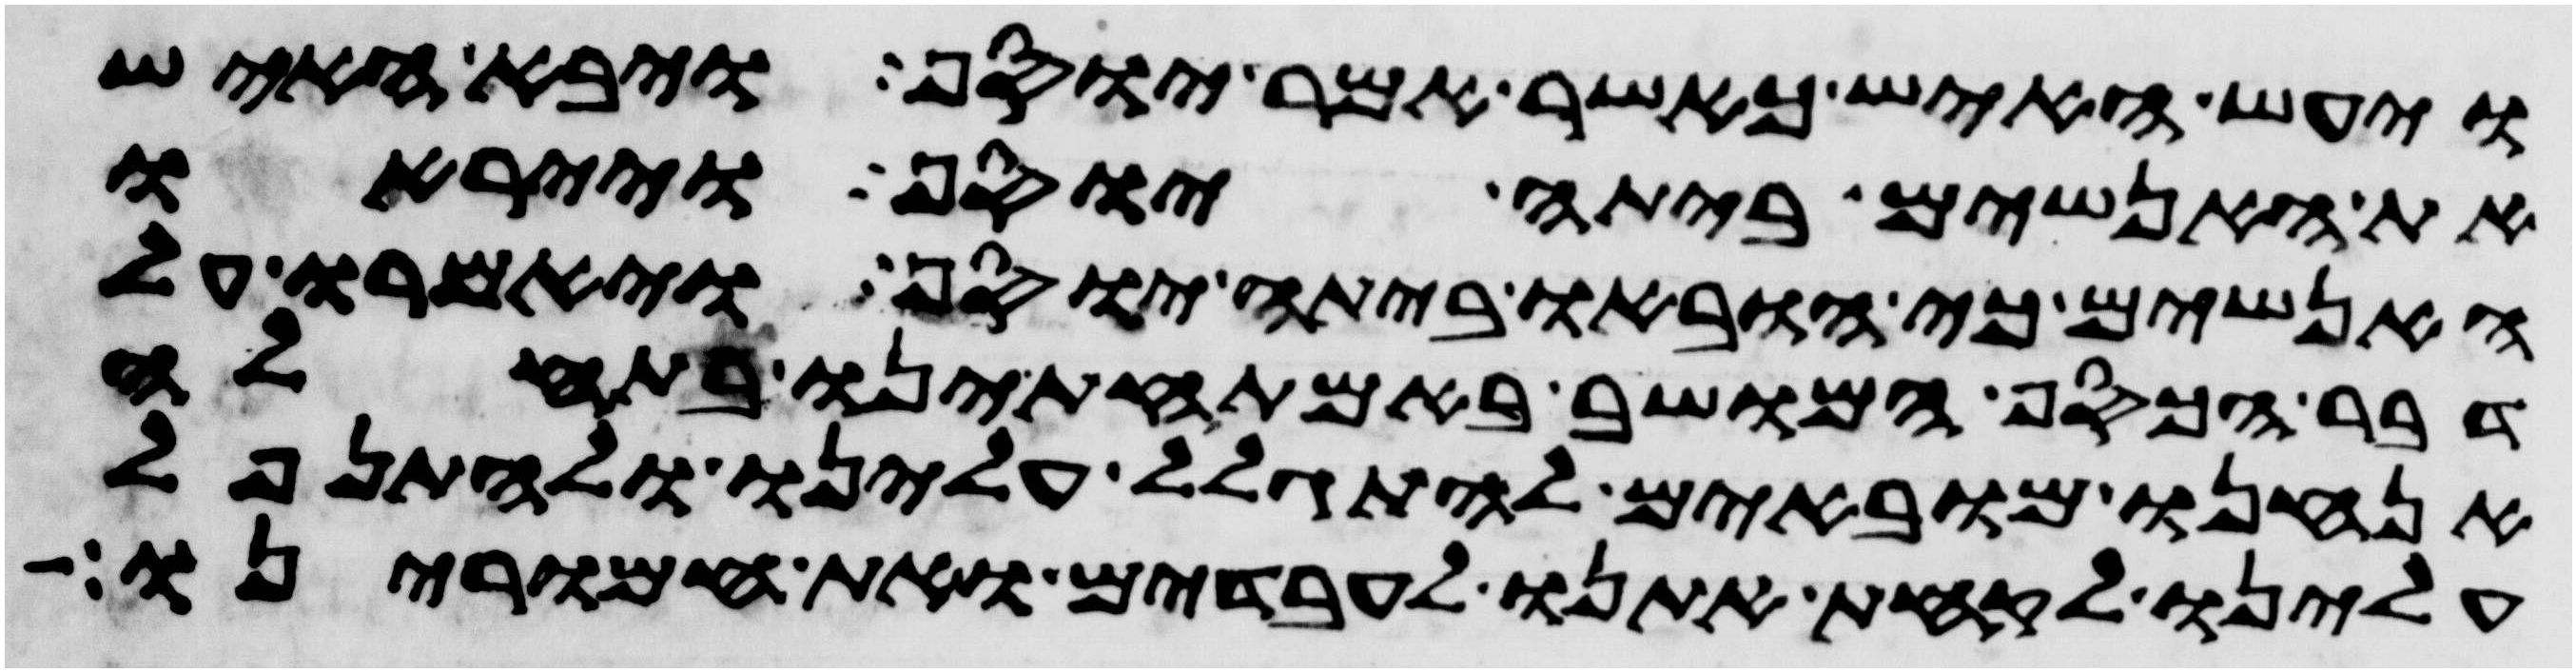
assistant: ויעש האיש כאשר אמר יוסף ויבא האיש
את האנשים ביתה יוסף וייראו
האנשים כי הובאו ביתה יוסף ויאמרו על
דבר הכסף המושב באמתחתינו בתחלה
אנחנו מובאים להתגלל עלינו ולהתנפל
עלינו לקחת אתנו לעבדים ואת חמרינו